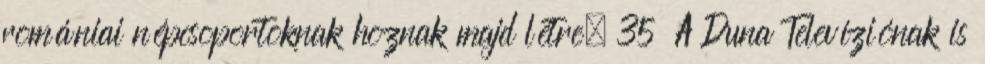
romániai népcsoportoknak hoznak majd létre. 35 A Duna Televíziónak is